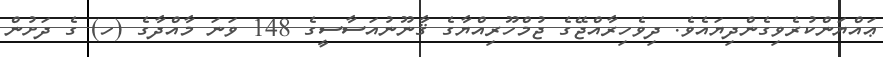
ޢައްޔަންކުރެވިގެންދިޔައެވެ. ދިވެހިރާއްޖޭގެ ޖުމްހޫރިއްޔާގެ ޤާނޫނުއަސާސީގެ 148 ވަނަ މާއްދާގެ (ހ) ގެ ދަށުން